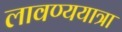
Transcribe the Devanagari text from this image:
लावण्ययात्रा